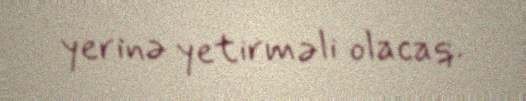
yerinə yetirməli olacaq.